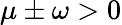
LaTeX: \mu\pm\omega>0